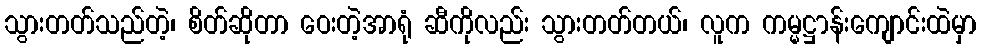
သွားတတ်သည်တဲ့၊ စိတ်ဆိုတာ ဝေးတဲ့အာရုံ ဆီကိုလည်း သွားတတ်တယ်၊ လူက ကမ္မဋ္ဌာန်းကျောင်းထဲမှာ